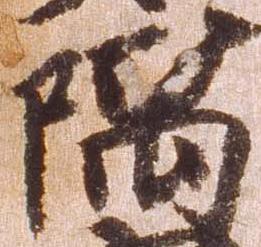
隅